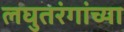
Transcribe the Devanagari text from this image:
लघुतरंगांच्या